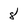
Character: 8